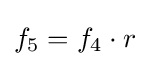
{\textstyle f_{5}=f_{4}\cdot r}